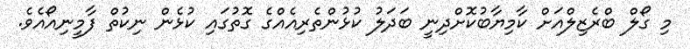
މި ގޯލް ބްރެޒިލްއަށް ކާމިޔާބުކޮށްދިނީ ބަދަލު ކުޅުންތެރިއެއްގެ ގޮތުގައި ކުޅެން ނިކުތް ފާމީނިއޯއެވެ.